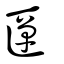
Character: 匰